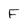
Character: F